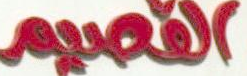
القصيم